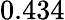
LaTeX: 0.434